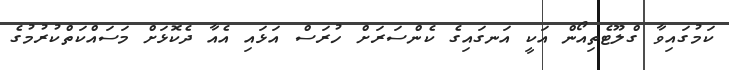
ކަމުގައިވާ ގްލޫޓެތިއޯން އަކީ އަނގައިގެ ކެންސަރަށް ހުރަސް އަޅައި އެއާ ދެކޮޅަށް މަސައްކަތްކުރުމުގެ